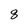
Character: 8